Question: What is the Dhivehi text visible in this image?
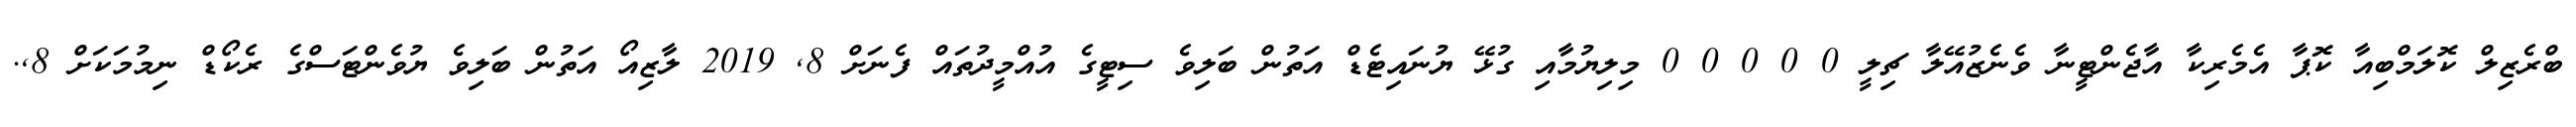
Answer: ބްރެޒިލް ކޮލަމްބިއާ ކޮޕާ އެމެރިކާ އާޖެންޓީނާ ވެނެޒުއޭލާ ޗިލީ 0 0 0 0 0 މިލިޔުމާއި ގުޅޭ ޔުނައިޓެޑް އަތުން ބަލިވެ ސިޓީގެ އުއްމީދުތައް ފެނަށް 8, 2019 ލާޒިއޯ އަތުން ބަލިވެ ޔުވެންޓަސްގެ ރެކޯޑް ނިމުމަކަށް 8,.